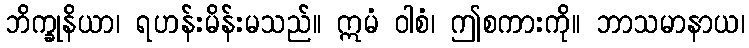
ဘိက္ခုနိယာ၊ ရဟန်းမိန်းမသည်။ ဣမံ ဝါစံ၊ ဤစကားကို။ ဘာသမာနာယ၊